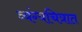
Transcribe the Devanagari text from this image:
व्यंग्यचित्रात